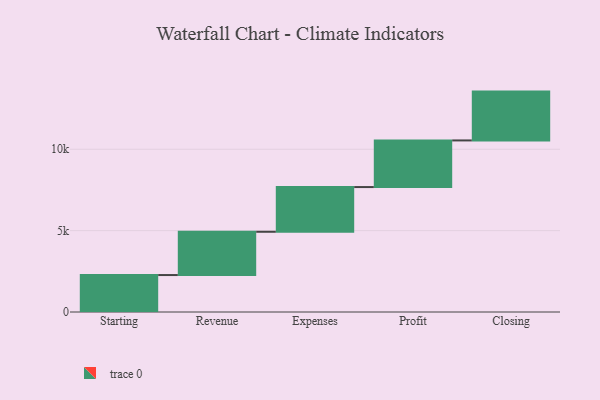
{"axis": {"x": "Step", "y": "Value"}, "legend": [""], "data": [{"x": "Starting", "y": 2271.0, "type": ""}, {"x": "Revenue", "y": 2658.0, "type": ""}, {"x": "Expenses", "y": 2747.0, "type": ""}, {"x": "Profit", "y": 2865.0, "type": ""}, {"x": "Closing", "y": 3000, "type": ""}]}